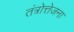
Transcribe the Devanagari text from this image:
तंत्रोत्तेजना